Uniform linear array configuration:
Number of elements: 12
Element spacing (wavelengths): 0.75
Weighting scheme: uniform
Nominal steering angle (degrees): -45
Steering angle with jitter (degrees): -45.408
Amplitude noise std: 0.05
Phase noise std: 0.05

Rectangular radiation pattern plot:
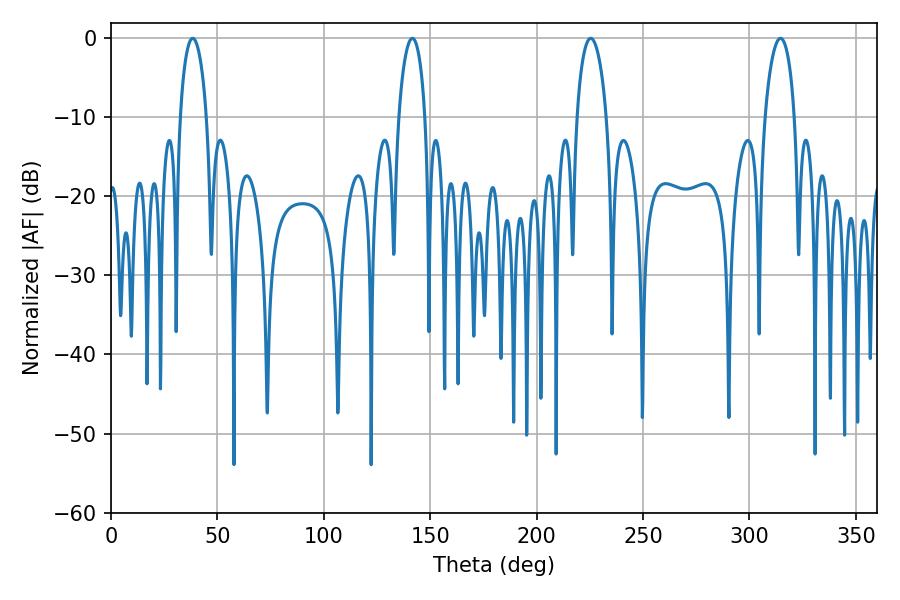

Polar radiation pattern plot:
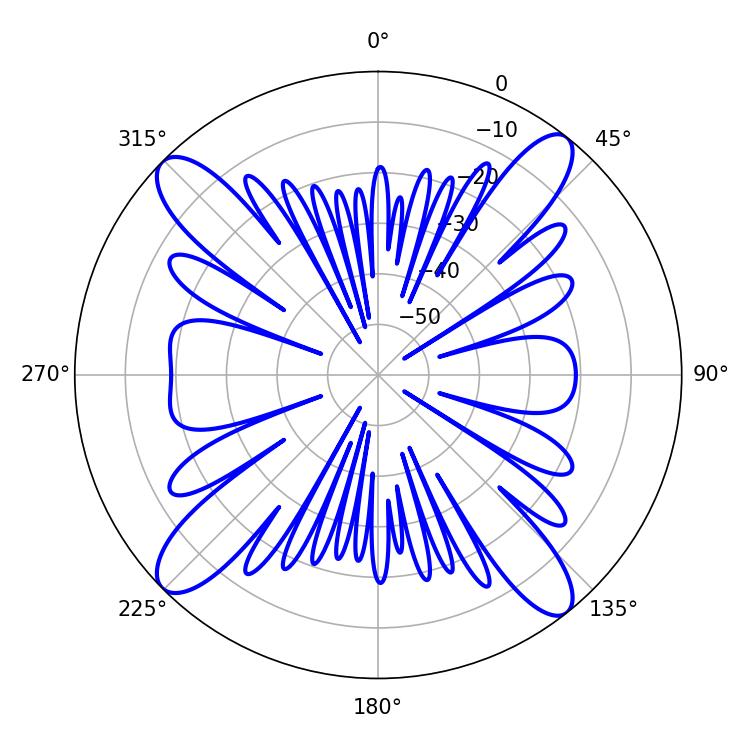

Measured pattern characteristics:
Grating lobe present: TRUE
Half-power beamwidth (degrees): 7.92
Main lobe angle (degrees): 225.36